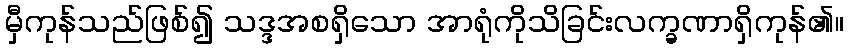
မှီကုန်သည်ဖြစ်၍ သဒ္ဒအစရှိသော အာရုံကိုသိခြင်းလက္ခဏာရှိကုန်၏။